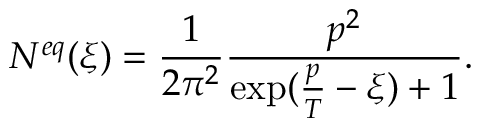
N ^ { e q } ( \xi ) = \frac { 1 } { 2 \pi ^ { 2 } } \frac { p ^ { 2 } } { \exp ( \frac { p } { T } - \xi ) + 1 } .